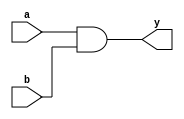
module combinational_logic (
    input wire a,      // Input signal a
    input wire b,      // Input signal b
    output reg y       // Output signal y
);

    // Always block for combinational logic
    always @(*) begin
        // Assign output y as the AND of a and b
        y = a & b;
    end

endmodule